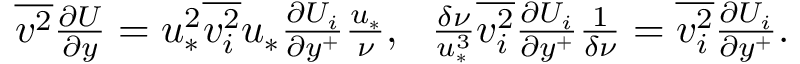
\begin{array} { r } { \overline { { v ^ { 2 } } } \frac { \partial U } { \partial y } = u _ { * } ^ { 2 } \overline { { v _ { i } ^ { 2 } } } u _ { * } \frac { \partial U _ { i } } { \partial y ^ { + } } \frac { u _ { * } } { \nu } , \ \ \frac { \delta \nu } { u _ { * } ^ { 3 } } \overline { { v _ { i } ^ { 2 } } } \frac { \partial U _ { i } } { \partial y ^ { + } } \frac { 1 } { \delta \nu } = \overline { { v _ { i } ^ { 2 } } } \frac { \partial U _ { i } } { \partial y ^ { + } } . } \end{array}